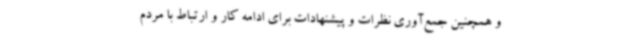
و همچنین جمع‌آوری نظرات و پیشنهادات برای ادامه کار و ارتباط با مردم